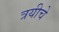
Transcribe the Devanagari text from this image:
त्रयीचे